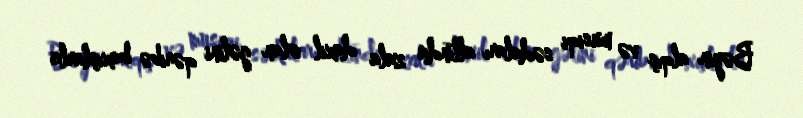
Bəyin alqış və musiqi sədaları altında zala daxil olan gəlini qəribə baxışlarla